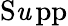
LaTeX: \operatorname{S\mathit{u}pp}